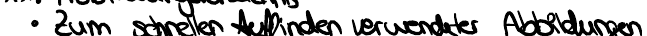
Zum schnellen Auffinden verwendeter Abbildungen